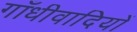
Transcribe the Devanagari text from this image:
गाँधीवादियों